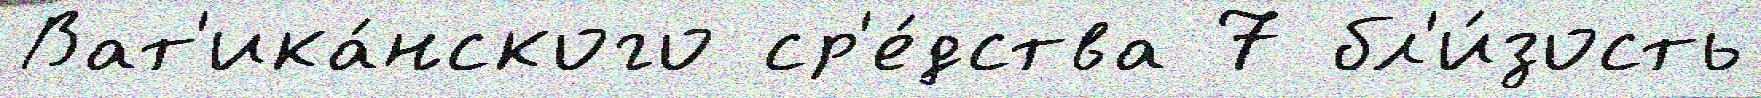
Ват'ика́нского ср'е́дства 7 бл'и́зость